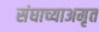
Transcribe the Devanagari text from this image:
संघाच्याअमृत